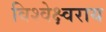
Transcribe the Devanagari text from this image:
विश्वेक्ष्वराय